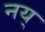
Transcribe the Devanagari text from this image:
नय्